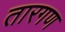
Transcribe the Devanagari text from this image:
तारगण